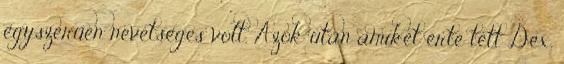
egyszerűen nevetséges volt. Azok után amiket érte tett Dex,